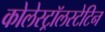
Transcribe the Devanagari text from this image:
कोलेस्ट्रॉलस्टेटिन